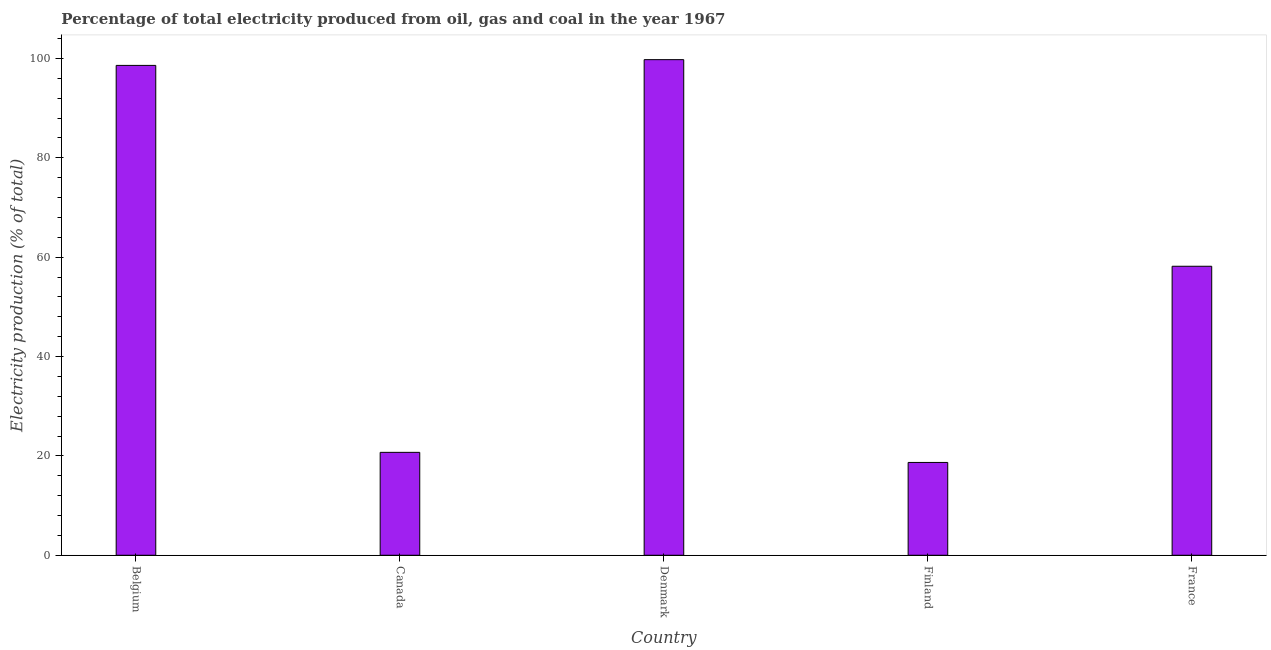
| Country | Electricity production |
 | --- | --- |
 | Belgium | 98.6 |
 | Canada | 20.7 |
 | Denmark | 99.8 |
 | Finland | 18.7 |
 | France | 58.2 |